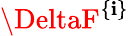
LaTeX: \DeltaF^{\{ \mathbf{i}\} }